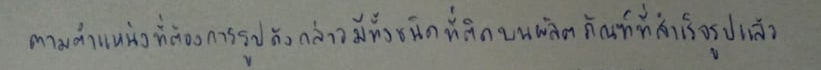
ตามตำแหน่งที่ต้องการรูปดังกล่าวมีทั้งชนิดที่ติดบนผลิตภัณฑ์ที่สำเร็จรูปแล้ว